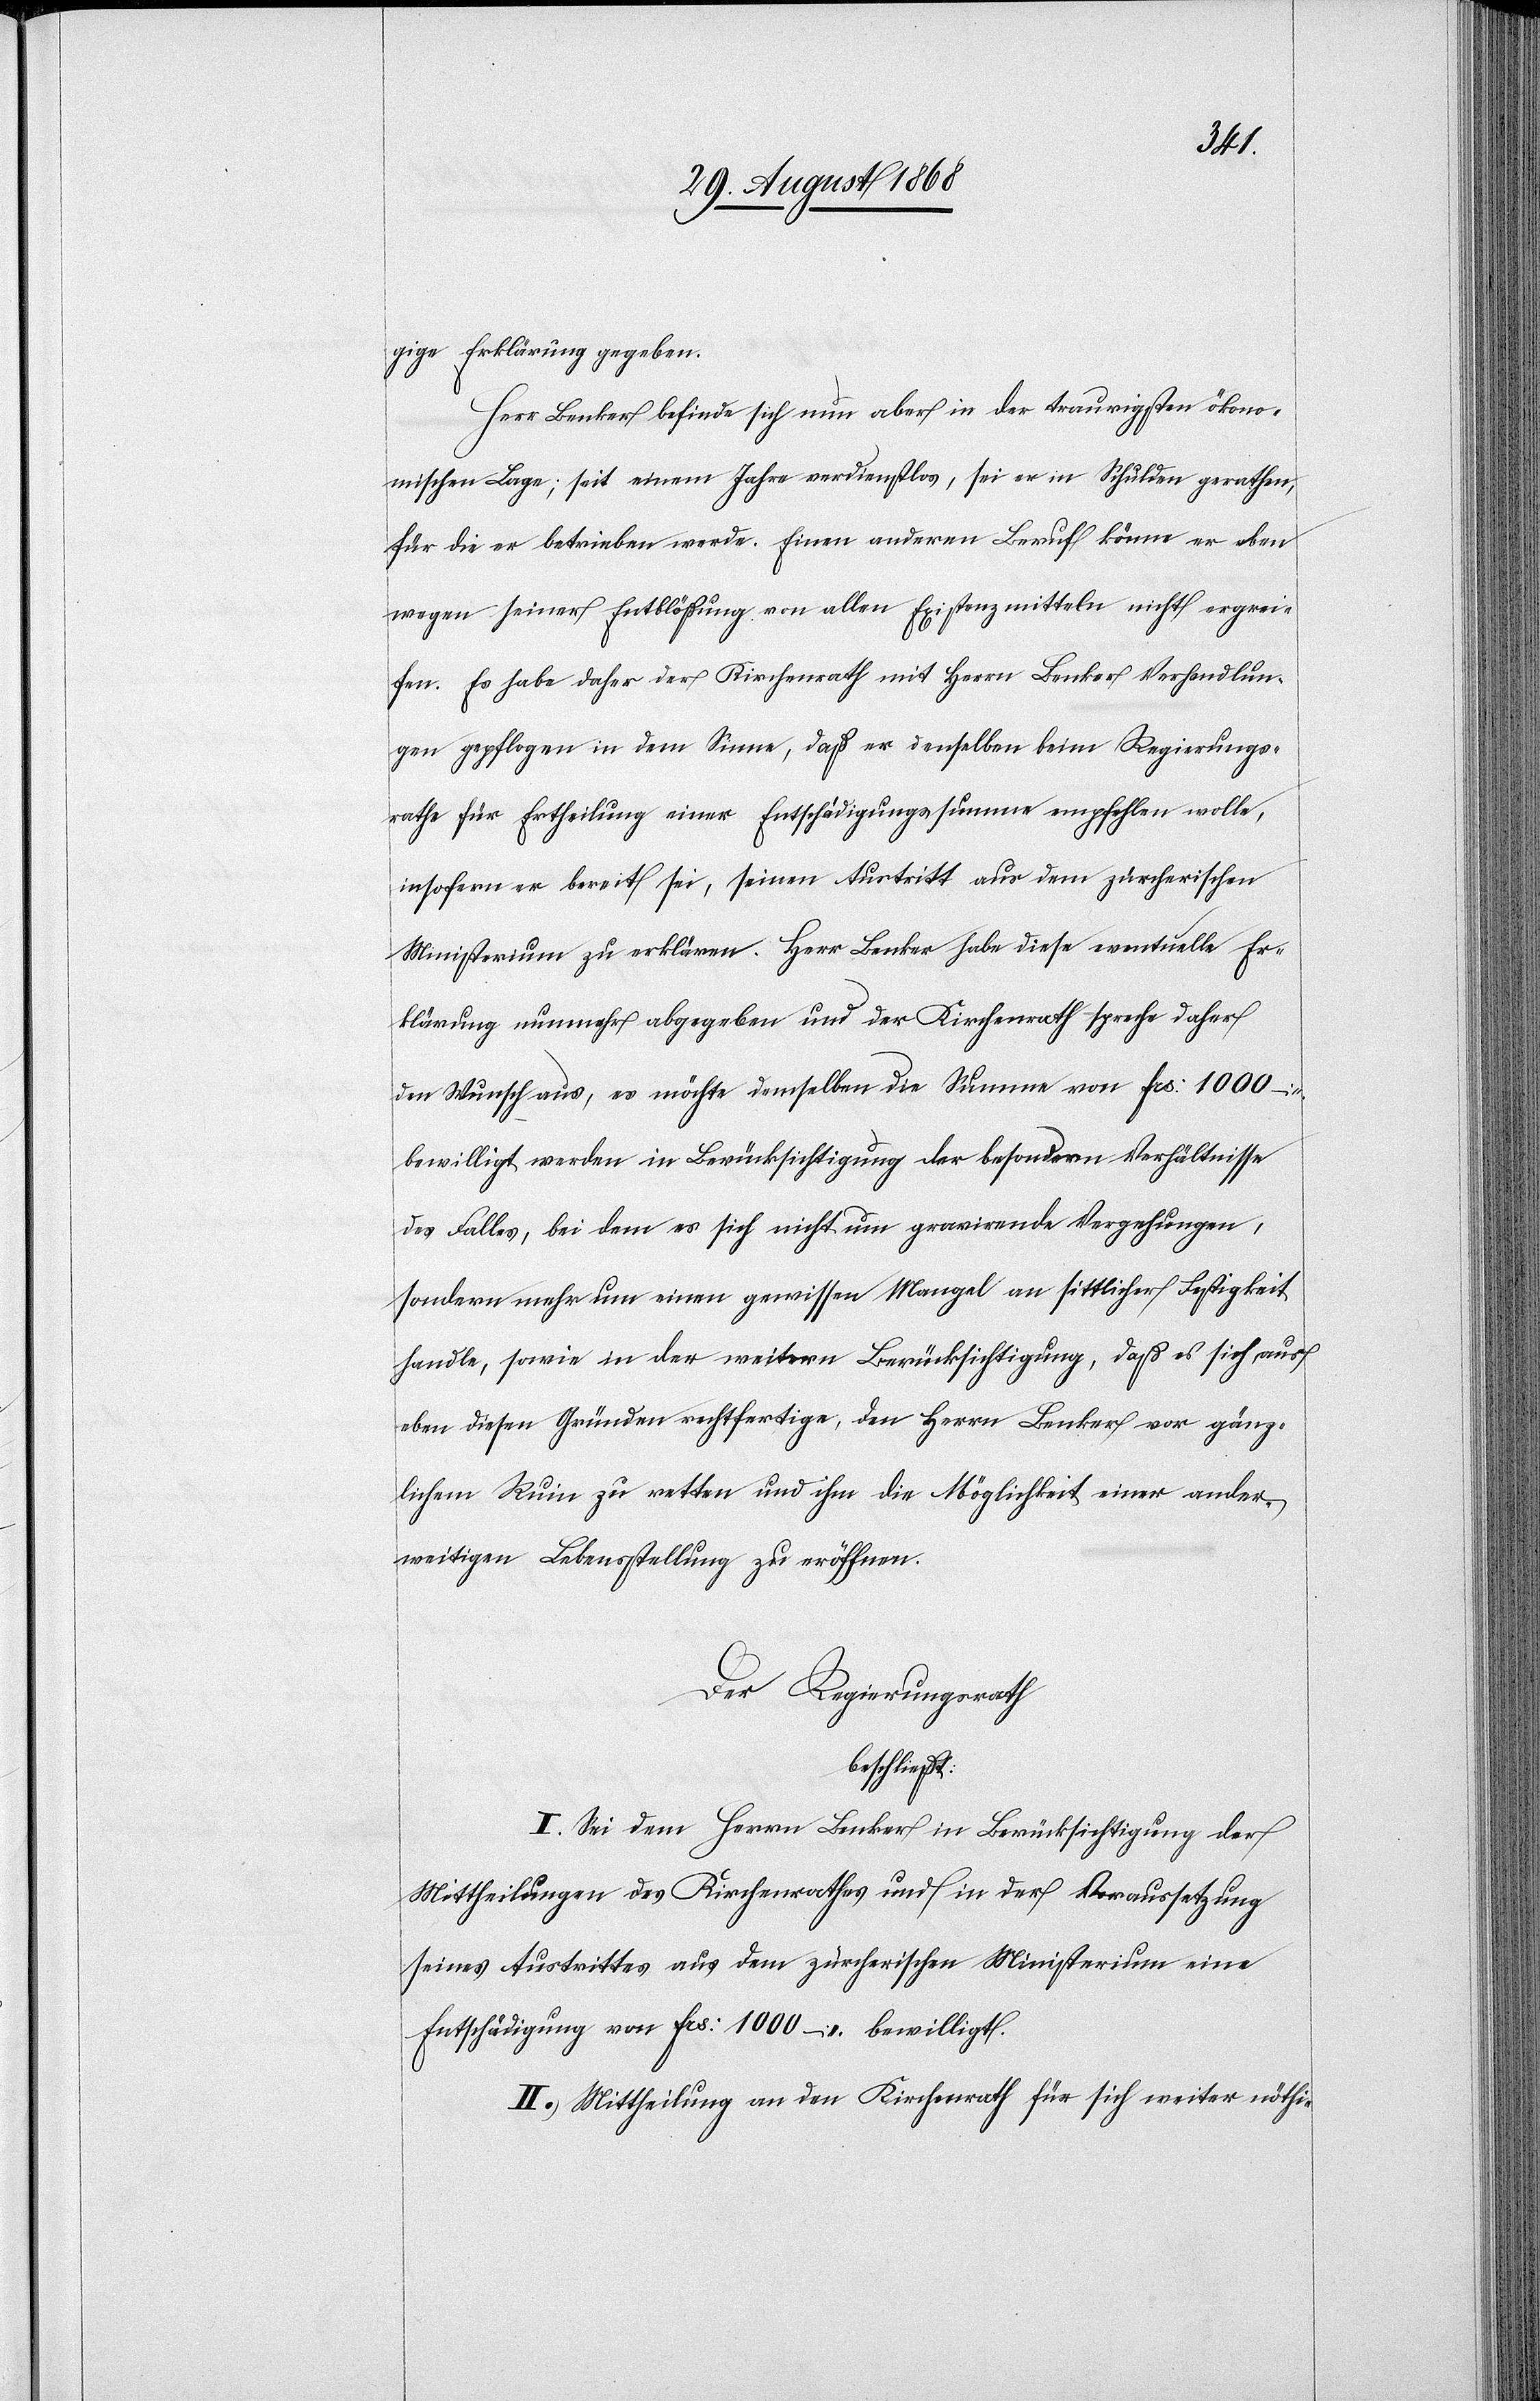
gige Erklärung gegeben.
Herr Benker befinde sich nun aber in der traurigsten ökono¬
mischen Lage; seit einem Jahre verdienstlos, sei er in Schulden gerathen,
für die er betrieben werde. Einen anderen Beruf könne er eben
wegen seiner Entblößung von allen Existenzmitteln nicht ergrei¬
fen. Es habe daher der Kirchenrath mit Herrn Benker Verhandlun¬
gen gepflogen in dem Sinne, daß er denselben beim Regierungs¬
rathe für Ertheilung einer Entschädigungssumme empfehlen wolle,
insofern er bereit sei, seinen Austritt aus dem zürcherischen
Ministerium zu erklären. Herr Benker habe diese eventuelle Er¬
klärung nunmehr abgegeben und der Kirchenrath spreche daher
den Wunsch aus, es möchte demselben die Summe von Frs: 1000 –
bewilligt werden in Berücksichtigung der besondern Verhältnisse
des Falles, bei dem es sich nicht um gravirende Vergehungen,
sondern mehr um einen gewissen Mangel an sittlicher Festigkeit
handle, sowie in der weitern Berücksichtigung, daß es sich aus
eben diesen Gründen rechtfertige, den Herrn Benker vor gänz¬
lichem Ruin zu retten und ihm die Möglichkeit einer ander¬
weitigen Lebensstellung zu eröffnen.
Der Regierungsrath
beschließt:
I. Sei dem Herrn Benker in Berücksichtigung der
Mittheilungen des Kirchenrathes und in der Voraussetzung
seines Austrittes aus dem zürcherischen Ministerium eine
Entschädigung von Frs: 1000 – bewilligt.
II. Mittheilung an den Kirchenrath für sich [und zu] weiter nöthi-